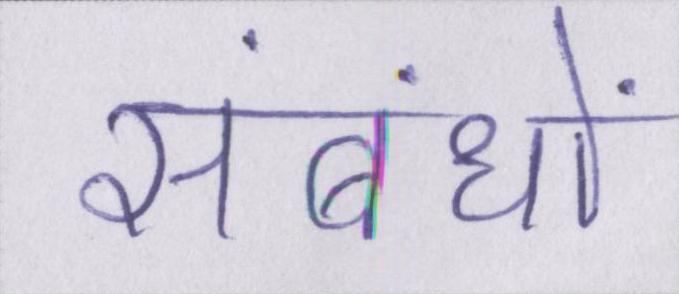
संबंधों